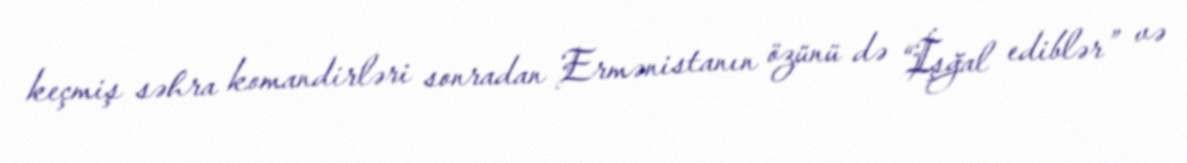
keçmiş səhra komandirləri sonradan Ermənistanın özünü də “İşğal ediblər” və